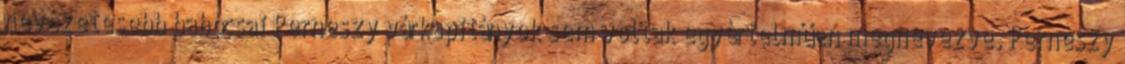
nevezetesebb babócsai Perneszy várkapitányok sem voltak egyértelműen megnevezve. Perneszy